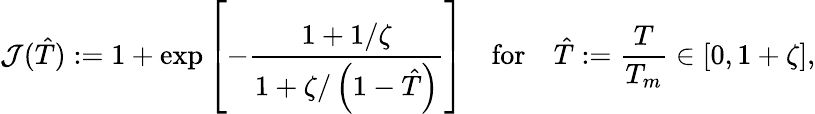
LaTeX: {\mathcal{J}}({\hat{T}}):=1+\exp\left[-{\frac{1+1/\zeta}{1+\zeta/\left(1-{\hat{T}}\right)}}\right]\quad{\mathrm{for}}\quad{\hat{T}}:={\frac{T}{T_{m}}}\in[0,1+\zeta],